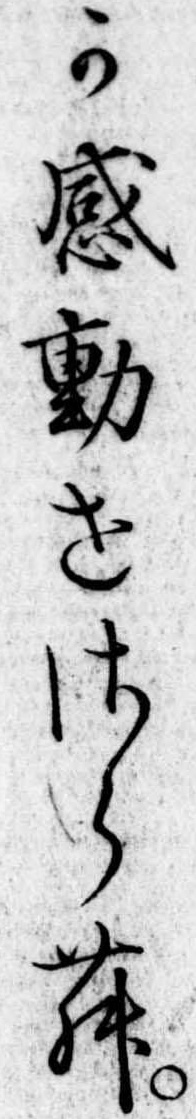
か感動せさらむ